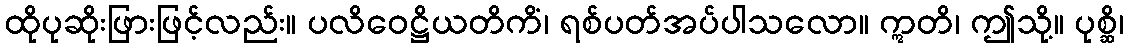
ထိုပုဆိုးဖြားဖြင့်လည်း။ ပလိဝေဋ္ဌိယတိကိံ၊ ရစ်ပတ်အပ်ပါသလော။ ဣတိ၊ ဤသို့။ ပုစ္ဆိ၊